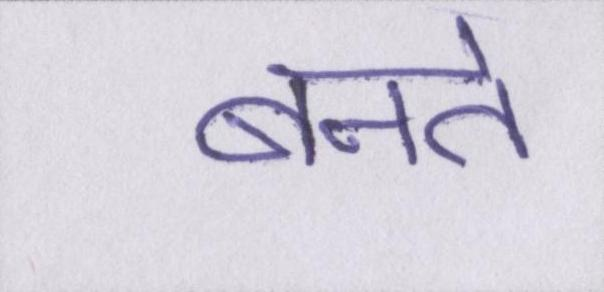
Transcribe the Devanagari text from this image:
बनते